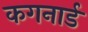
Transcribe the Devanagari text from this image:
कगनार्ड